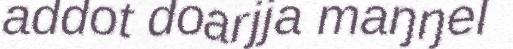
addot doarjja maŋŋel